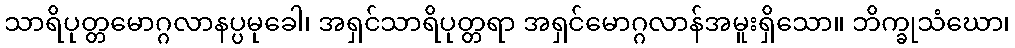
သာရိပုတ္တမောဂ္ဂလာနပ္ပမုခေါ၊ အရှင်သာရိပုတ္တရာ အရှင်မောဂ္ဂလာန်အမူးရှိသော။ ဘိက္ခုသံဃော၊